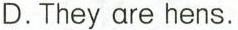
D.They are hens。